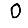
Digit: 0